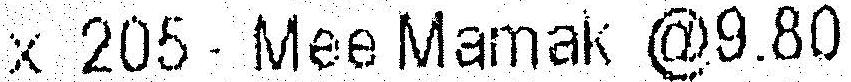
X 205 - MEE MAMAK @9.80